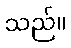
သည်။